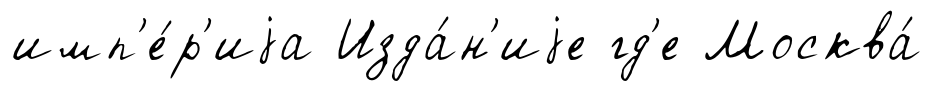
имп'е́р'иjа Изда́н'иjе гд'е Москва́